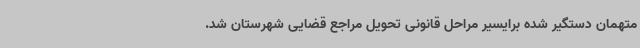
متهمان دستگیر شده برایسیر مراحل قانونی تحویل مراجع قضایی شهرستان شد.